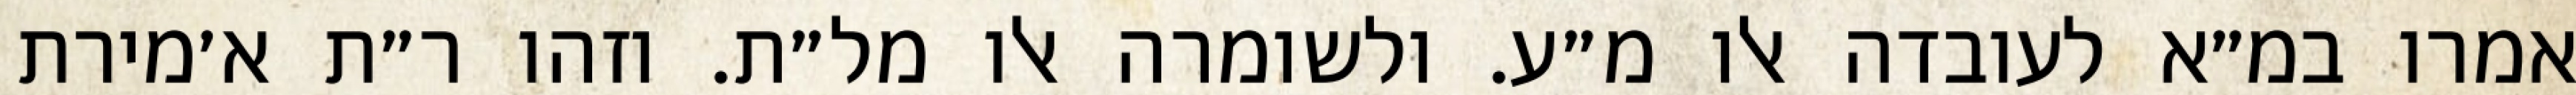
אמרו במ״א לעובדה אלו מ״ע. ולשומרה אלו מל״ת. וזהו ר״ת א׳מירת